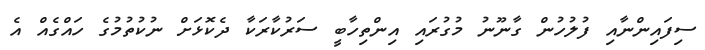
ސިފައިންނާއި ފުލުހުން ގާނޫނު މުގުރައި އިންތިހާބީ ސަރުކާރަކާ ދެކޮޅަށް ނުކުތުމުގެ ހައްގެއް އެ